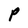
Character: P